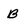
Character: B